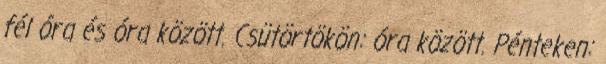
fél óra és óra között. Csütörtökön: óra között. Pénteken: